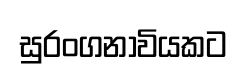
සුරංගනාවියකට